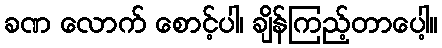
ခဏ လောက် စောင့်ပါ၊ ချိန်ကြည့်တာပေါ့။